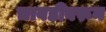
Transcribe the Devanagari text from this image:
चावडीवरून